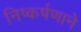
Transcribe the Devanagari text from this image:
निष्कर्षणाने